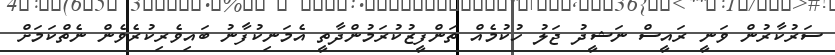
ސަރުކާރުން ވަނީ ރައީސް ނަޝީދު ޖަލު ހުކުމެއް ތަންފީޒުކުރަމުންދާތީ އެމަނިކުފާނު ބައިވެރިކުރެވެން ނެތްކަމަށް